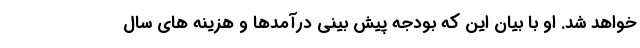
خواهد شد. او با بیان این که بودجه پیش بینی درآمدها و هزینه های سال